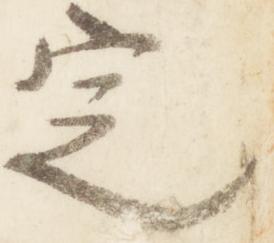
定